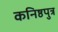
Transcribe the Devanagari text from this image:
कनिष्ठपुत्र